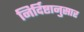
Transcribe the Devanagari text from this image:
निर्दिष्टानुसार